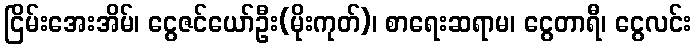
ငြိမ်းအေးအိမ်၊ ငွေဇင်ယော်ဦး(မိုးကုတ်)၊ စာရေးဆရာမ၊ ငွေတာရီ၊ ငွေလင်း